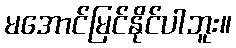
မအောင်မြင်နိုင်ပါဘူး။